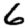
Digit: 6